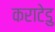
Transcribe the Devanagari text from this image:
कराटेडु